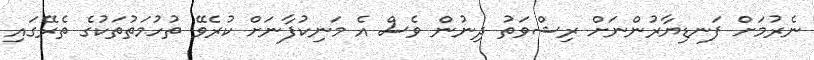
ނެރުމަށް ފަނޑިޔާރުންނަށް ރިޝްވަތު ދިނުން ވެސް އެ މަނިކުފާނަށް ކުރެވޭ ތުހުމަތުތަކުގެ ތެރޭގައި